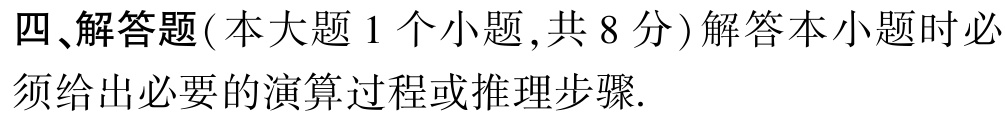
四、解答题(本大题 1 个小题,共 8 分)解答本小题时必须给出必要的演算过程或推理步骤.